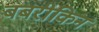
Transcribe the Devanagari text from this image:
बबरीकिन